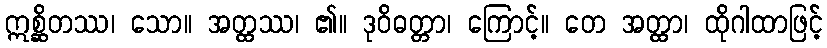
ဣစ္ဆိတဿ၊ သော။ အတ္ထဿ၊ ၏။ ဒုဝိဓတ္တာ၊ ကြောင့်။ တေ အတ္ထာ၊ ထိုဂါထာဖြင့်